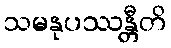
သမနုပဿန္တီတိ